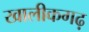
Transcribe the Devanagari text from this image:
खालीकगढ़